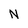
Character: N